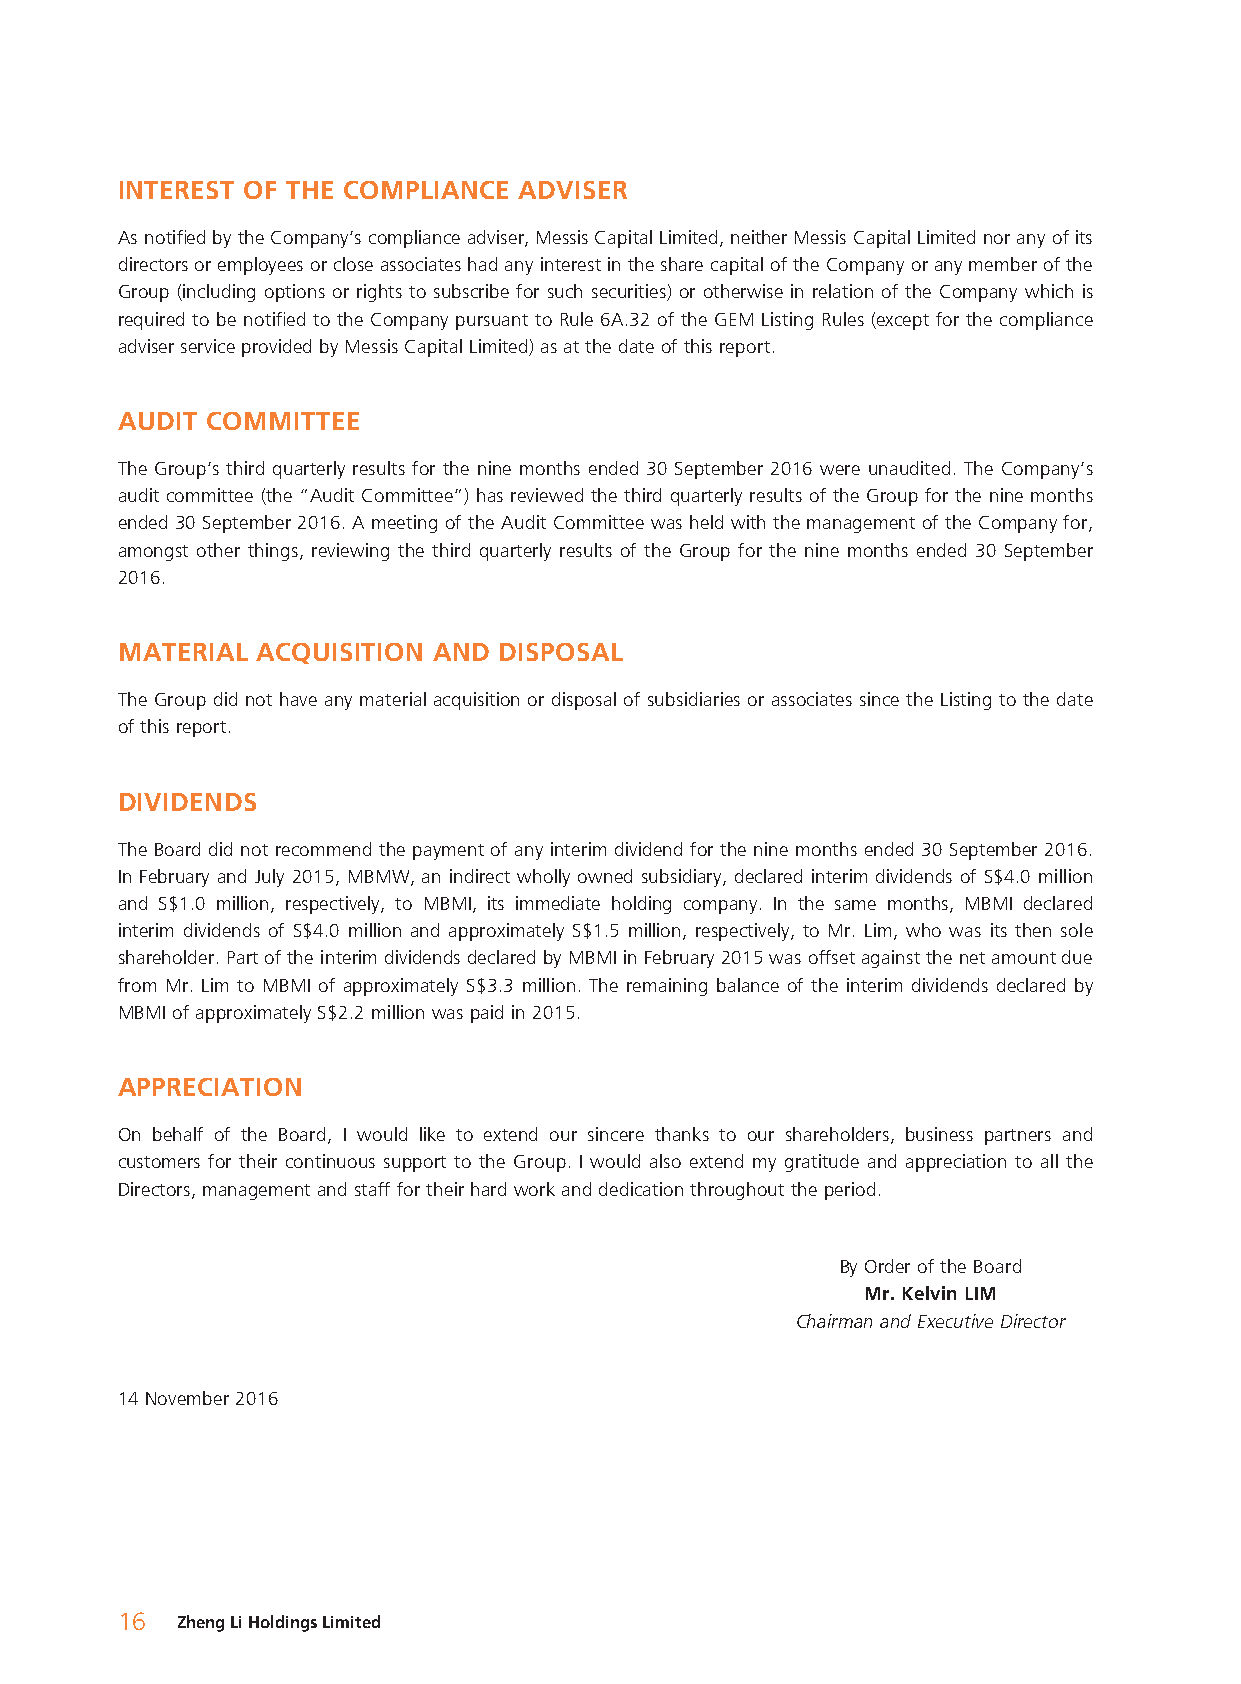
INTEREST OF THE COMPLIANCE ADVISER
 As notifi ed by the Company’s compliance adviser, Messis Capital Limited, neither Messis Capital Limited nor any of its
 directors or employees or close associates had any interest in the share capital of the Company or any member of the
 Group (including options or rights to subscribe for such securities) or otherwise in relation of the Company which is
 required to be notifi ed to the Company pursuant to Rule 6A.32 of the GEM Listing Rules (except for the compliance
 adviser service provided by Messis Capital Limited) as at the date of this report.
 AUDIT COMMITTEE
 The Group’s third quarterly results for the nine months ended 30 September 2016 were unaudited. The Company’s
 audit committee (the “Audit Committee”) has reviewed the third quarterly results of the Group for the nine months
 ended 30 September 2016. A meeting of the Audit Committee was held with the management of the Company for,
 amongst other things, reviewing the third quarterly results of the Group for the nine months ended 30 September
 2016.
 MATERIAL ACQUISITION AND DISPOSAL
 The Group did not have any material acquisition or disposal of subsidiaries or associates since the Listing to the date
 of this report.
 DIVIDENDS
 The Board did not recommend the payment of any interim dividend for the nine months ended 30 September 2016.
 In February and July 2015, MBMW, an indirect wholly owned subsidiary, declared interim dividends of S$4.0 million
 and S$1.0 million, respectively, to MBMI, its immediate holding company. In the same months, MBMI declared
 interim dividends of S$4.0 million and approximately S$1.5 million, respectively, to Mr. Lim, who was its then sole
 shareholder. Part of the interim dividends declared by MBMI in February 2015 was offset against the net amount due
 from Mr. Lim to MBMI of approximately S$3.3 million. The remaining balance of the interim dividends declared by
 MBMI of approximately S$2.2 million was paid in 2015.
 APPRECIATION
 On behalf of the Board, I would like to extend our sincere thanks to our shareholders, business partners and
 customers for their continuous support to the Group. I would also extend my gratitude and appreciation to all the
 Directors, management and staff for their hard work and dedication throughout the period.
 By Order of the Board
 Mr. Kelvin LIM
 Chairman and Executive Director
 14 November 2016
 16  Zheng Li Holdings Limited